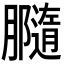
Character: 𦢪